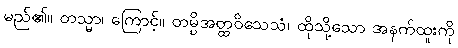
မည်၏။ တသ္မာ၊ ကြောင့်။ တမ္ပိအတ္ထဝိသေသံ၊ ထိုသို့သော အနက်ထူးကို